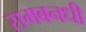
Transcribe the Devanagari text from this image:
समबनधी